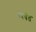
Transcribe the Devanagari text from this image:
व्यवंत